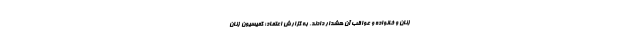
زنان و خانواده و عواقب آن هشدار دادند. به گزارش اعتماد؛ کمیسیون زنان